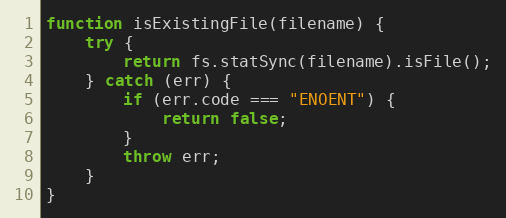
Language: JavaScript
function isExistingFile(filename) {
    try {
        return fs.statSync(filename).isFile();
    } catch (err) {
        if (err.code === "ENOENT") {
            return false;
        }
        throw err;
    }
}